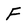
Character: F